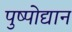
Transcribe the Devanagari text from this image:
पुष्पोद्यान